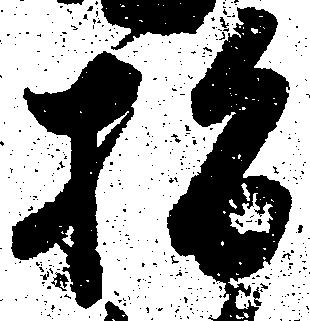
指